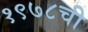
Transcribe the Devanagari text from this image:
१९७८ची